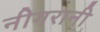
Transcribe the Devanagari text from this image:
नीगरानी